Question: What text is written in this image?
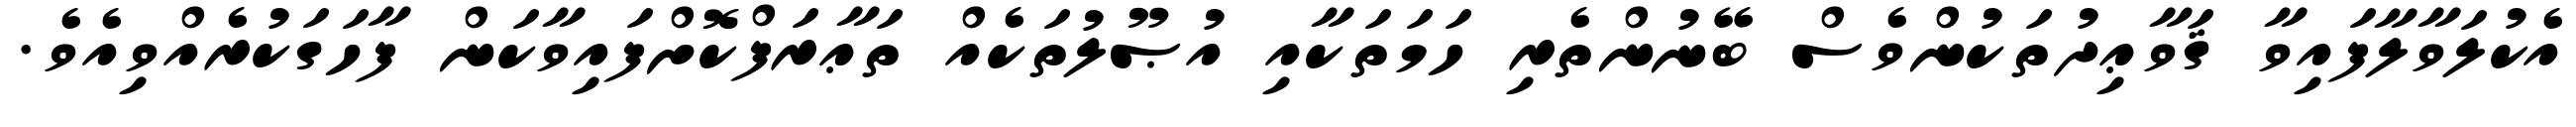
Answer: އެކުލަވާލާފައިވާ ޤަވާޢިދުތަކުންވެސް ބޭނުންތެރި ހަމަތަކާއި އުޞޫލުތަކެއް ތަޢާރަފްކޮށްފައިވާކަން ފާހަގަކުރެއްވިއެވެ.